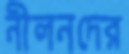
নীলনদের